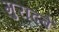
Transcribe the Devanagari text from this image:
मुरादबे